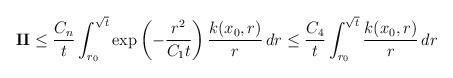
LaTeX: \begin{align*}\mathbf{II}&\leq \frac{C_n }{t} \int^{\sqrt{t}}_{r_0}\exp\left(-\frac{r^2}{C_1t} \right) \frac{k(x_0,r)}{r} \,dr \leq \frac{C_4}{t} \int^{\sqrt{t}}_{r_0}\frac{k(x_0,r)}{r}\,dr\end{align*}